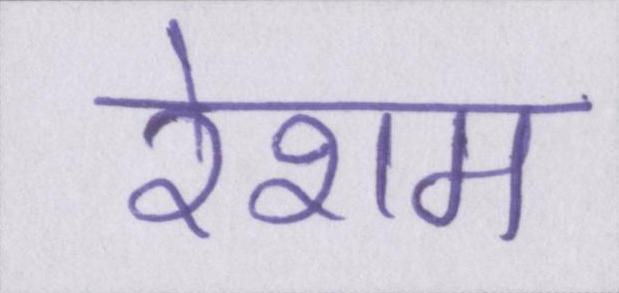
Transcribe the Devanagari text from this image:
रेशम